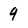
Character: q